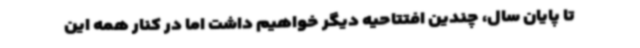
تا پایان سال، چندین افتتاحیه دیگر خواهیم داشت اما در کنار همه این‌